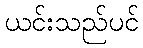
ယင်းသည်ပင်